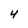
Character: 4